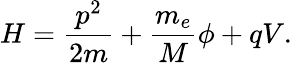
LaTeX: H=\frac{p^{2}}{2m}+\frac{m_{e}}{M}\phi+qV.